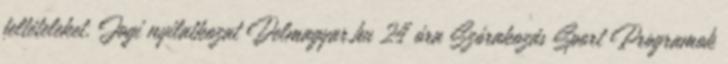
feltételeket. Jogi nyilatkozat Delmagyar.hu 24 óra Szórakozás Sport Programok